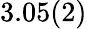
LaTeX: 3.05(2)